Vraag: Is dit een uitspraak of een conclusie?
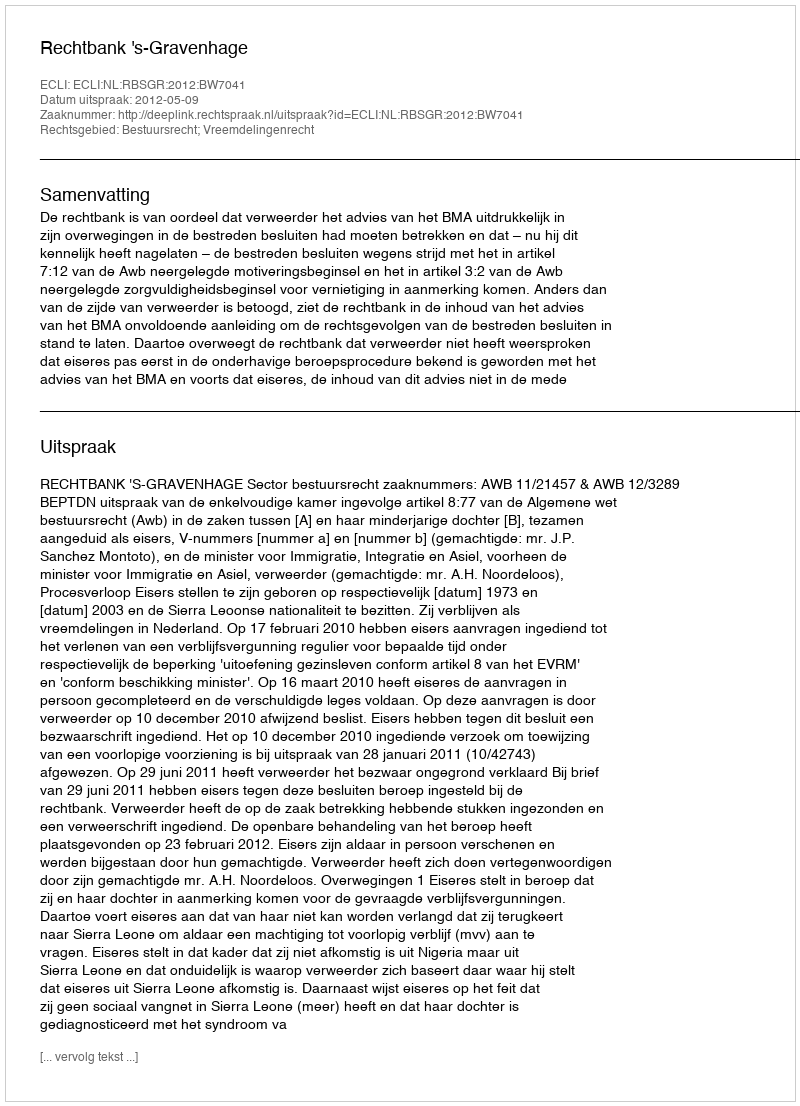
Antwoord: Uitspraak